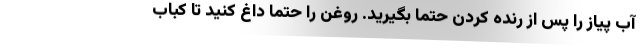
آب پیاز را پس از رنده کردن حتما بگیرید. روغن را حتما داغ کنید تا کباب